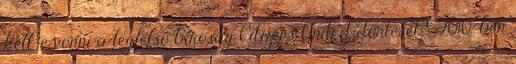
kell-e vonni a legfelső bíróság Citizens United döntését? 2010-ben